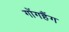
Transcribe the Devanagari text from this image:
गोंगहैंग